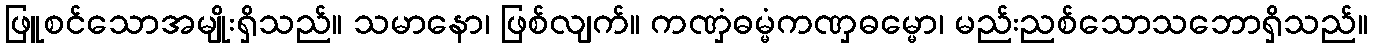
ဖြူစင်သောအမျိုးရှိသည်။ သမာနော၊ ဖြစ်လျက်။ ကဏှံဓမ္မံကဏှဓမ္မော၊ မည်းညစ်သောသဘောရှိသည်။